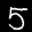
Label: 5